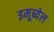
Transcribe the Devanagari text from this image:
इमूब्येल